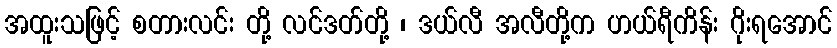
အထူးသဖြင့် စတားလင်း တို့ လင်ဒတ်တို့ ၊ ဒယ်လီ အလီတို့က ဟယ်ရီကိန်း ဂိုးရအောင်